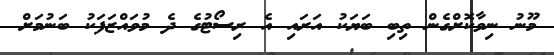
މޫނު ނިވާކޮށްގެން ތިބި ބަޔަކު އަރައި އެ ރިސޯޓުގެ ދެ މުވައްޒަފަކު ބަނުމަށް